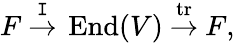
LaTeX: F~{\overset{\mathtt{I}}{\to}}~\operatorname{End}(V)~{\overset{\operatorname{tr}}{\to}}~F,